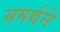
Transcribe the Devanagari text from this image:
समर्थने